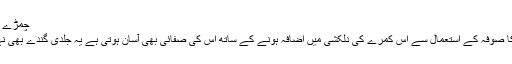
چمڑے کا صوفہ
چمڑے کا صوفہ کے استعمال سے اس کمرے کی دلکشی میں اضافہ ہونے کے ساتھ اس کی صفائی بھی آسان ہوتی ہے یہ جلدی گندے بھی نہی ہوتے۔